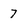
Character: 7